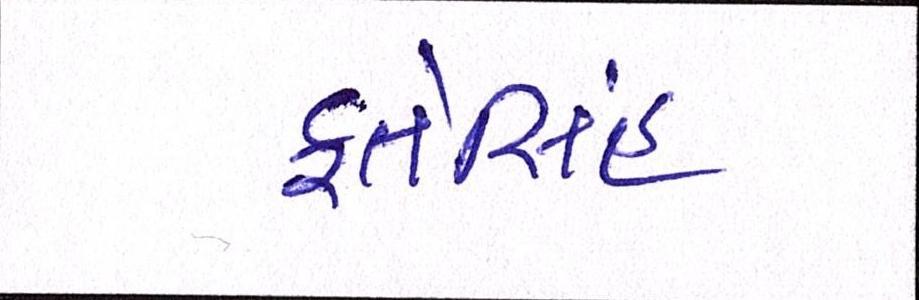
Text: ફતેસિંહ